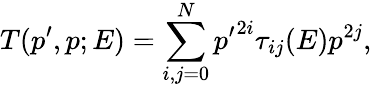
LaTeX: T(p^{\prime},p;E)=\sum_{i,j=0}^{N}{p^{\prime}}^{2i}\tau_{ij}(E)p^{2j},